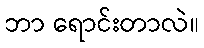
ဘာ ရောင်းတာလဲ။